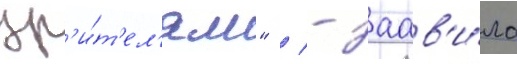
зр'и́т'ел'ям" / - заав'и́ла